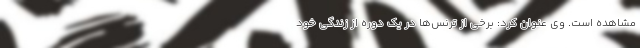
مشاهده است. وی عنوان کرد: برخی از ترنس‌ها در یک دوره از زندگی خود